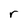
Character: r